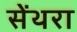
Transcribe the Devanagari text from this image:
सेंथरा